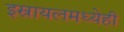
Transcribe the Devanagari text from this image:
इस्रायलमध्येही